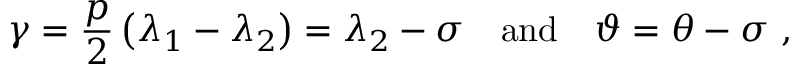
\gamma = \frac { p } { 2 } \left( \lambda _ { 1 } - \lambda _ { 2 } \right) = \lambda _ { 2 } - \sigma \quad \mathrm { a n d } \quad \vartheta = \theta - \sigma \ ,